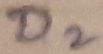
Text: D2